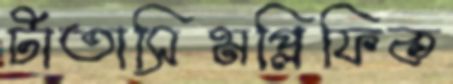
টাতাসিমপ্লিফিক